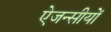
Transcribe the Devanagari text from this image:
ऐजन्सीयों